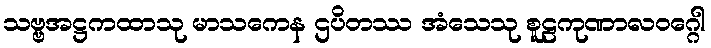
သဗ္ဗအဋ္ဌကထာသု မာသကေန ဌပိတဿ အံသေသု စူဠကုဏာလဝဂ္ဂေါ